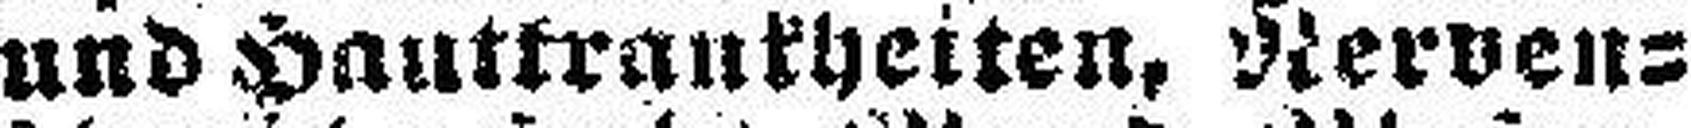
und Hautkrankheiten, Nerven¬